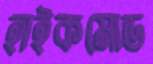
হাইকমোড